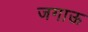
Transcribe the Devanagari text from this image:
जगाऊ